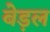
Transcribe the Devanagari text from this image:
बेड़ल